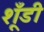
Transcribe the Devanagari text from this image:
शूँडी